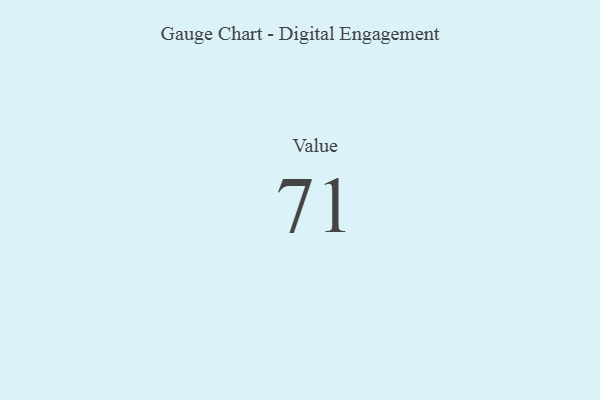
{"axis": {"x": "Metric", "y": "Value"}, "legend": [""], "data": [{"x": "Value", "y": 71, "type": ""}]}